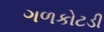
ગળકોટડી